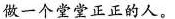
做一个堂堂正正的人。